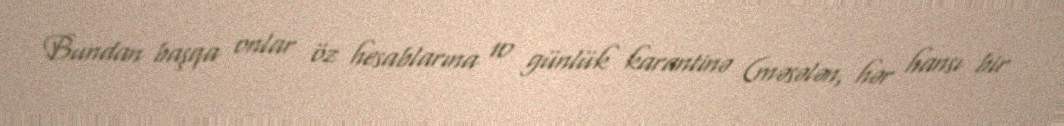
Bundan başqa onlar öz hesablarına 10 günlük karantinə (məsələn, hər hansı bir